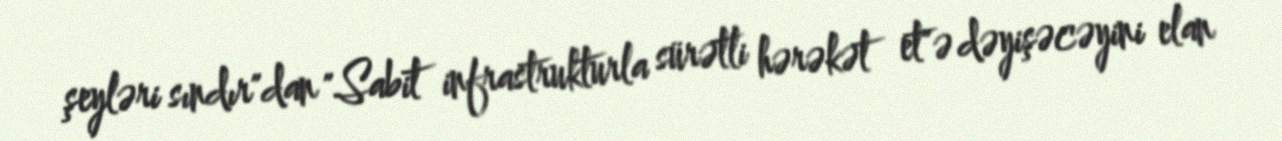
şeyləri sındır"dan "Sabit infrastrukturla sürətli hərəkət et"ə dəyişəcəyini elan